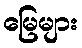
မြေများ